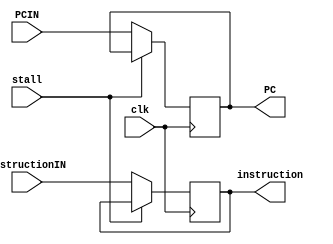
module IF2ID(
	input clk,stall, 
	input [15:0] PCIN, instructionIN, 
	output reg [15:0] PC, instruction
);


  	always @ (posedge clk) begin

      	if (~stall) begin
          	instruction <= instructionIN;
          	PC <= PCIN;
      	end

  	end
endmodule